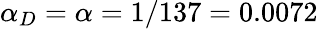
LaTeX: \alpha_{D}=\alpha=1/137=0.0072